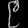
Digit: ၉